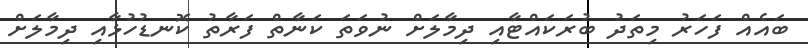
ބައެއް ފަހަރު މިތަދު ބުރަކައްޓާއި ދިމާލަށް ނުވަތަ ކަނާތް ފަރާތު ކޮނޑުހުޅާއި ދިމާލަށް